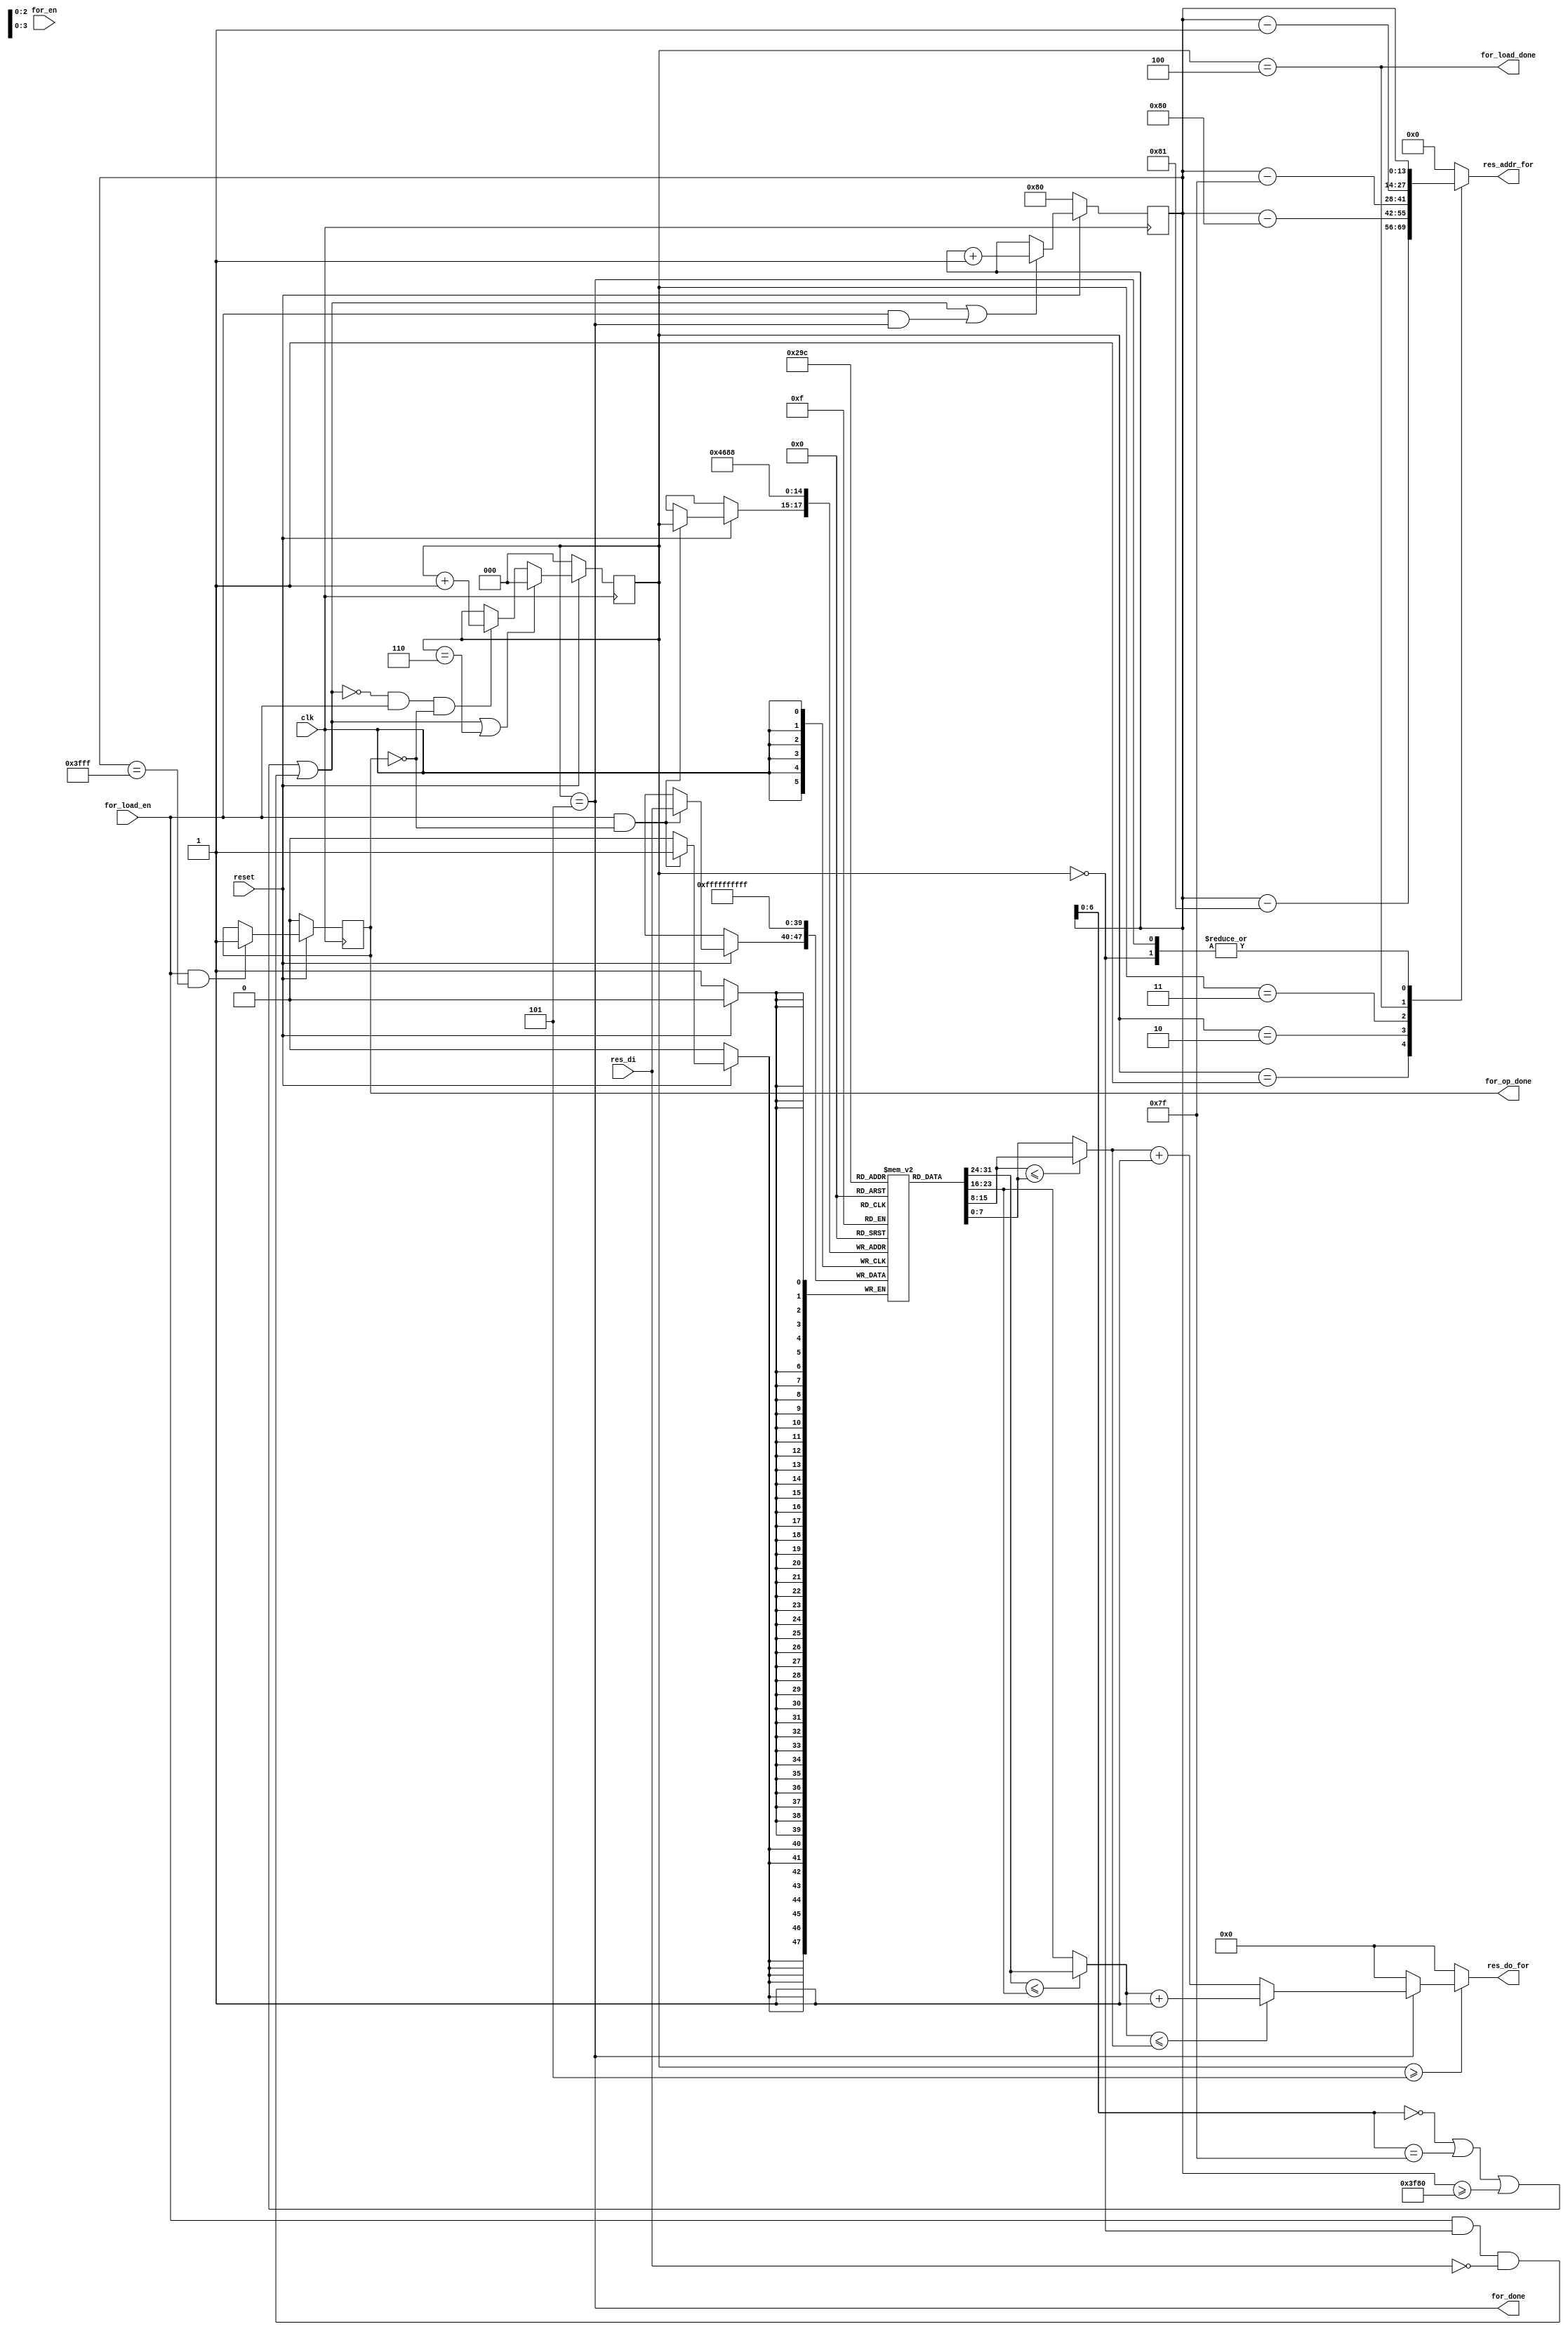
module forward(
        input                   clk,
        input                   reset,
        input                   for_load_en,
        input                   for_en,
        output                  for_load_done,
        output                  for_done,
        output  reg             for_op_done,
        output  reg     [13:0]  res_addr_for,
        output  reg     [7:0]   res_do_for,
        input           [7:0]   res_di
        );

        reg [13:0]      cur;   // the current pixel.
        reg [2:0]       cnt_for;  // count 0 to 4 is load phase, count 5 to 6 is output phase.
        reg [7:0]       pixel_tmp[4:0];

        reg [7:0]      min_tmp0, min_tmp1, for_out;


        assign pass = (cur[6:0] == 7'b0) || (cur[6:0] == 7'h7F) || (cur>= 14'h3F80) || (for_load_en && (cnt_for == 3'd0) && (res_di == 8'd0));
        assign for_load_done = (cnt_for == 4'd4);
        assign for_done = (cnt_for == 3'd5);
              
        always@(posedge clk)begin
                if(!reset)
                        cur <= 14'd128;  // start from pixel 128.
                else if(pass ||(for_load_en && for_done))

                        cur <= cur + 1;
        end

        always@(posedge clk)begin
                if(!reset)
                        cnt_for <= 3'd0;
                else if(pass || (cnt_for == 3'd6))  // load 5 data, including current pixel which is used to discriminate whether it is object.
                                                     // count 5, to do minimize operation.
                        cnt_for <= 3'd0;
                else if((!pass) && for_load_en && (!for_op_done))
                        cnt_for <= cnt_for + 1;
        end

        always@(posedge clk)begin
                if(!reset)
                        for_op_done <= 1'b0;
                else if(for_load_en && (cur == 14'h3FFF))
                        for_op_done <= 1'b1;  // keep it as flag.
        end

        always@*begin
                case(cnt_for)
                        3'd0: res_addr_for = cur;
                        3'd1: res_addr_for = cur - 14'd129;
                        3'd2: res_addr_for = cur - 14'd128;
                        3'd3: res_addr_for = cur - 14'd127;
                        3'd4: res_addr_for = cur - 14'd1;
                        3'd5: res_addr_for = cur;  // forward output address.
                        default: res_addr_for = 14'd0;
                endcase
        end

        always@(posedge clk)begin
                if(!reset)begin
                        pixel_tmp[0] <= 8'hFF;
                        pixel_tmp[1] <= 8'hFF;
                        pixel_tmp[2] <= 8'hFF;
                        pixel_tmp[3] <= 8'hFF;
                        pixel_tmp[4] <= 8'hFF;
                end
                else if(/*(!pass) && */ for_load_en && (!for_op_done))begin
                        pixel_tmp[cnt_for] <= res_di;
                end
        end

        // Find minimum
        always@*begin
                if(cnt_for == 3'd5)begin
                        min_tmp0 = (pixel_tmp[1] <= pixel_tmp[2])? pixel_tmp[1] : pixel_tmp[2];
                        min_tmp1 = (pixel_tmp[3] <= pixel_tmp[4])? pixel_tmp[3] : pixel_tmp[4];
                        for_out = (min_tmp0 <= min_tmp1)? min_tmp0+1 : min_tmp1+1;
                end
                else begin
                        min_tmp0 = 7'd0;
                        min_tmp1 = 7'd0;
                        for_out = 7'd0;
                end
        end

        // Output the forward pass result.
        always@*begin
                if(cnt_for >= 3'd5)
                        res_do_for = for_out;
                else
                        res_do_for = 7'd0;
        end
endmodule